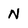
Character: N